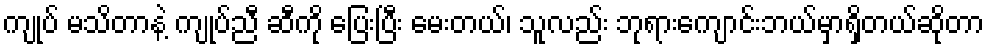
ကျုပ် မသိတာနဲ့ ကျုပ်ညီ ဆီကို ပြေးပြီး မေးတယ်၊ သူလည်း ဘုရားကျောင်းဘယ်မှာရှိတယ်ဆိုတာ